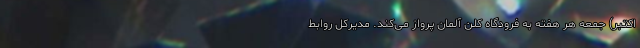
اکتبر) جمعه هر هفته به فرودگاه کلن آلمان پرواز می‌کند. مدیرکل روابط‌